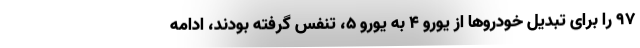
۹۷ را برای تبدیل خودروها از یورو ۴ به یورو ۵، تنفس گرفته بودند، ادامه